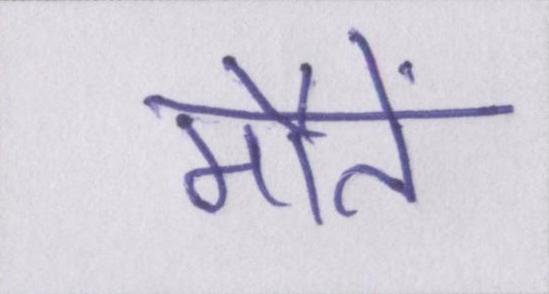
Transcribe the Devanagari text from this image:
मौतें